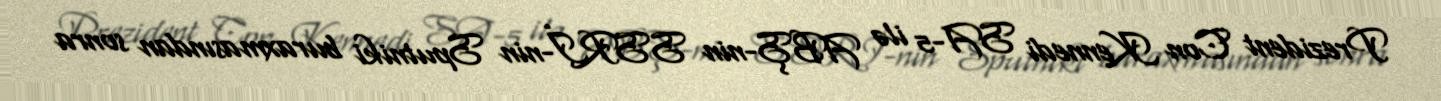
Prezident Con Kennedi SA-5 ilə ABŞ-nin SSRİ-nin Sputniki buraxmasından sonra